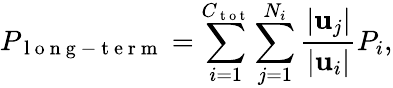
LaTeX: P_{\mathrm{~l~o~n~g~-~t~e~r~m~}}=\sum_{i=1}^{C_{\mathrm{~t~o~t~}}}\sum_{j=1}^{N_{i}}\frac{\lvert\mathbf{u}_{j}\rvert}{\lvert\mathbf{u}_{i}\rvert}P_{i},